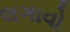
લગાવો